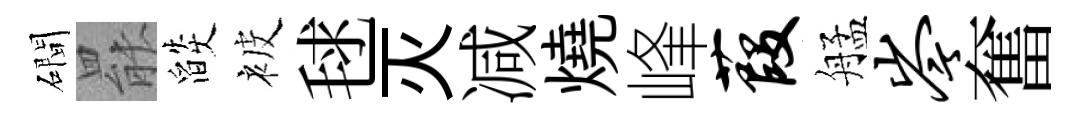
磵罷燄被毬灭减燒峰葭艋岑奮